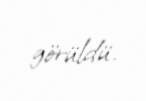
görüldü.